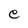
Character: e